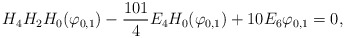
\begin{align*}H_4H_2H_0(\varphi_{0,1})-\frac{101}4E_4H_0(\varphi_{0,1})+10E_6\varphi_{0,1}=0,\end{align*}